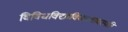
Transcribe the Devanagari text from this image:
विविधविद्याविचारवाचस्पति